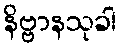
နိဗ္ဗာနသုခါ